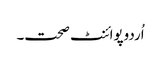
اُردوپوائنٹ صحت۔